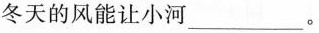
冬天的风能让小河___。